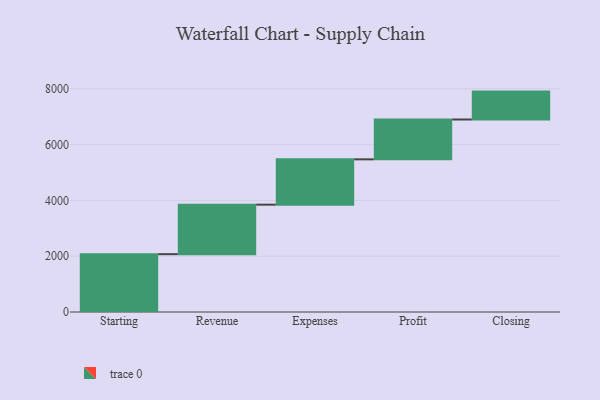
{"axis": {"x": "Step", "y": "Value"}, "legend": [""], "data": [{"x": "Starting", "y": 2073.0, "type": ""}, {"x": "Revenue", "y": 1774.0, "type": ""}, {"x": "Expenses", "y": 1625.0, "type": ""}, {"x": "Profit", "y": 1428.0, "type": ""}, {"x": "Closing", "y": 1000, "type": ""}]}